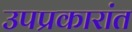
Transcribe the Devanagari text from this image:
उपप्रकारांत